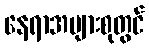
နေရာအများစုတွင်